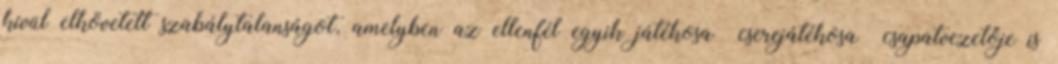
kívül elkövetett szabálytalanságot, amelyben az ellenfél egyik játékosa cserejátékosa csapatvezetője is